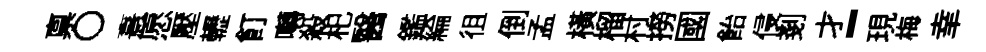
禀〇憙愿壓轣飣囀殺𣏌醫鑑綸徂倒孟横榴村撈國飴侵剗才-現梅𦍒